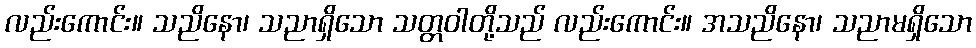
လည်းကောင်း။ သညိနော၊ သညာရှိသော သတ္တဝါတို့သည် လည်းကောင်း။ အသညိနော၊ သညာမရှိသော